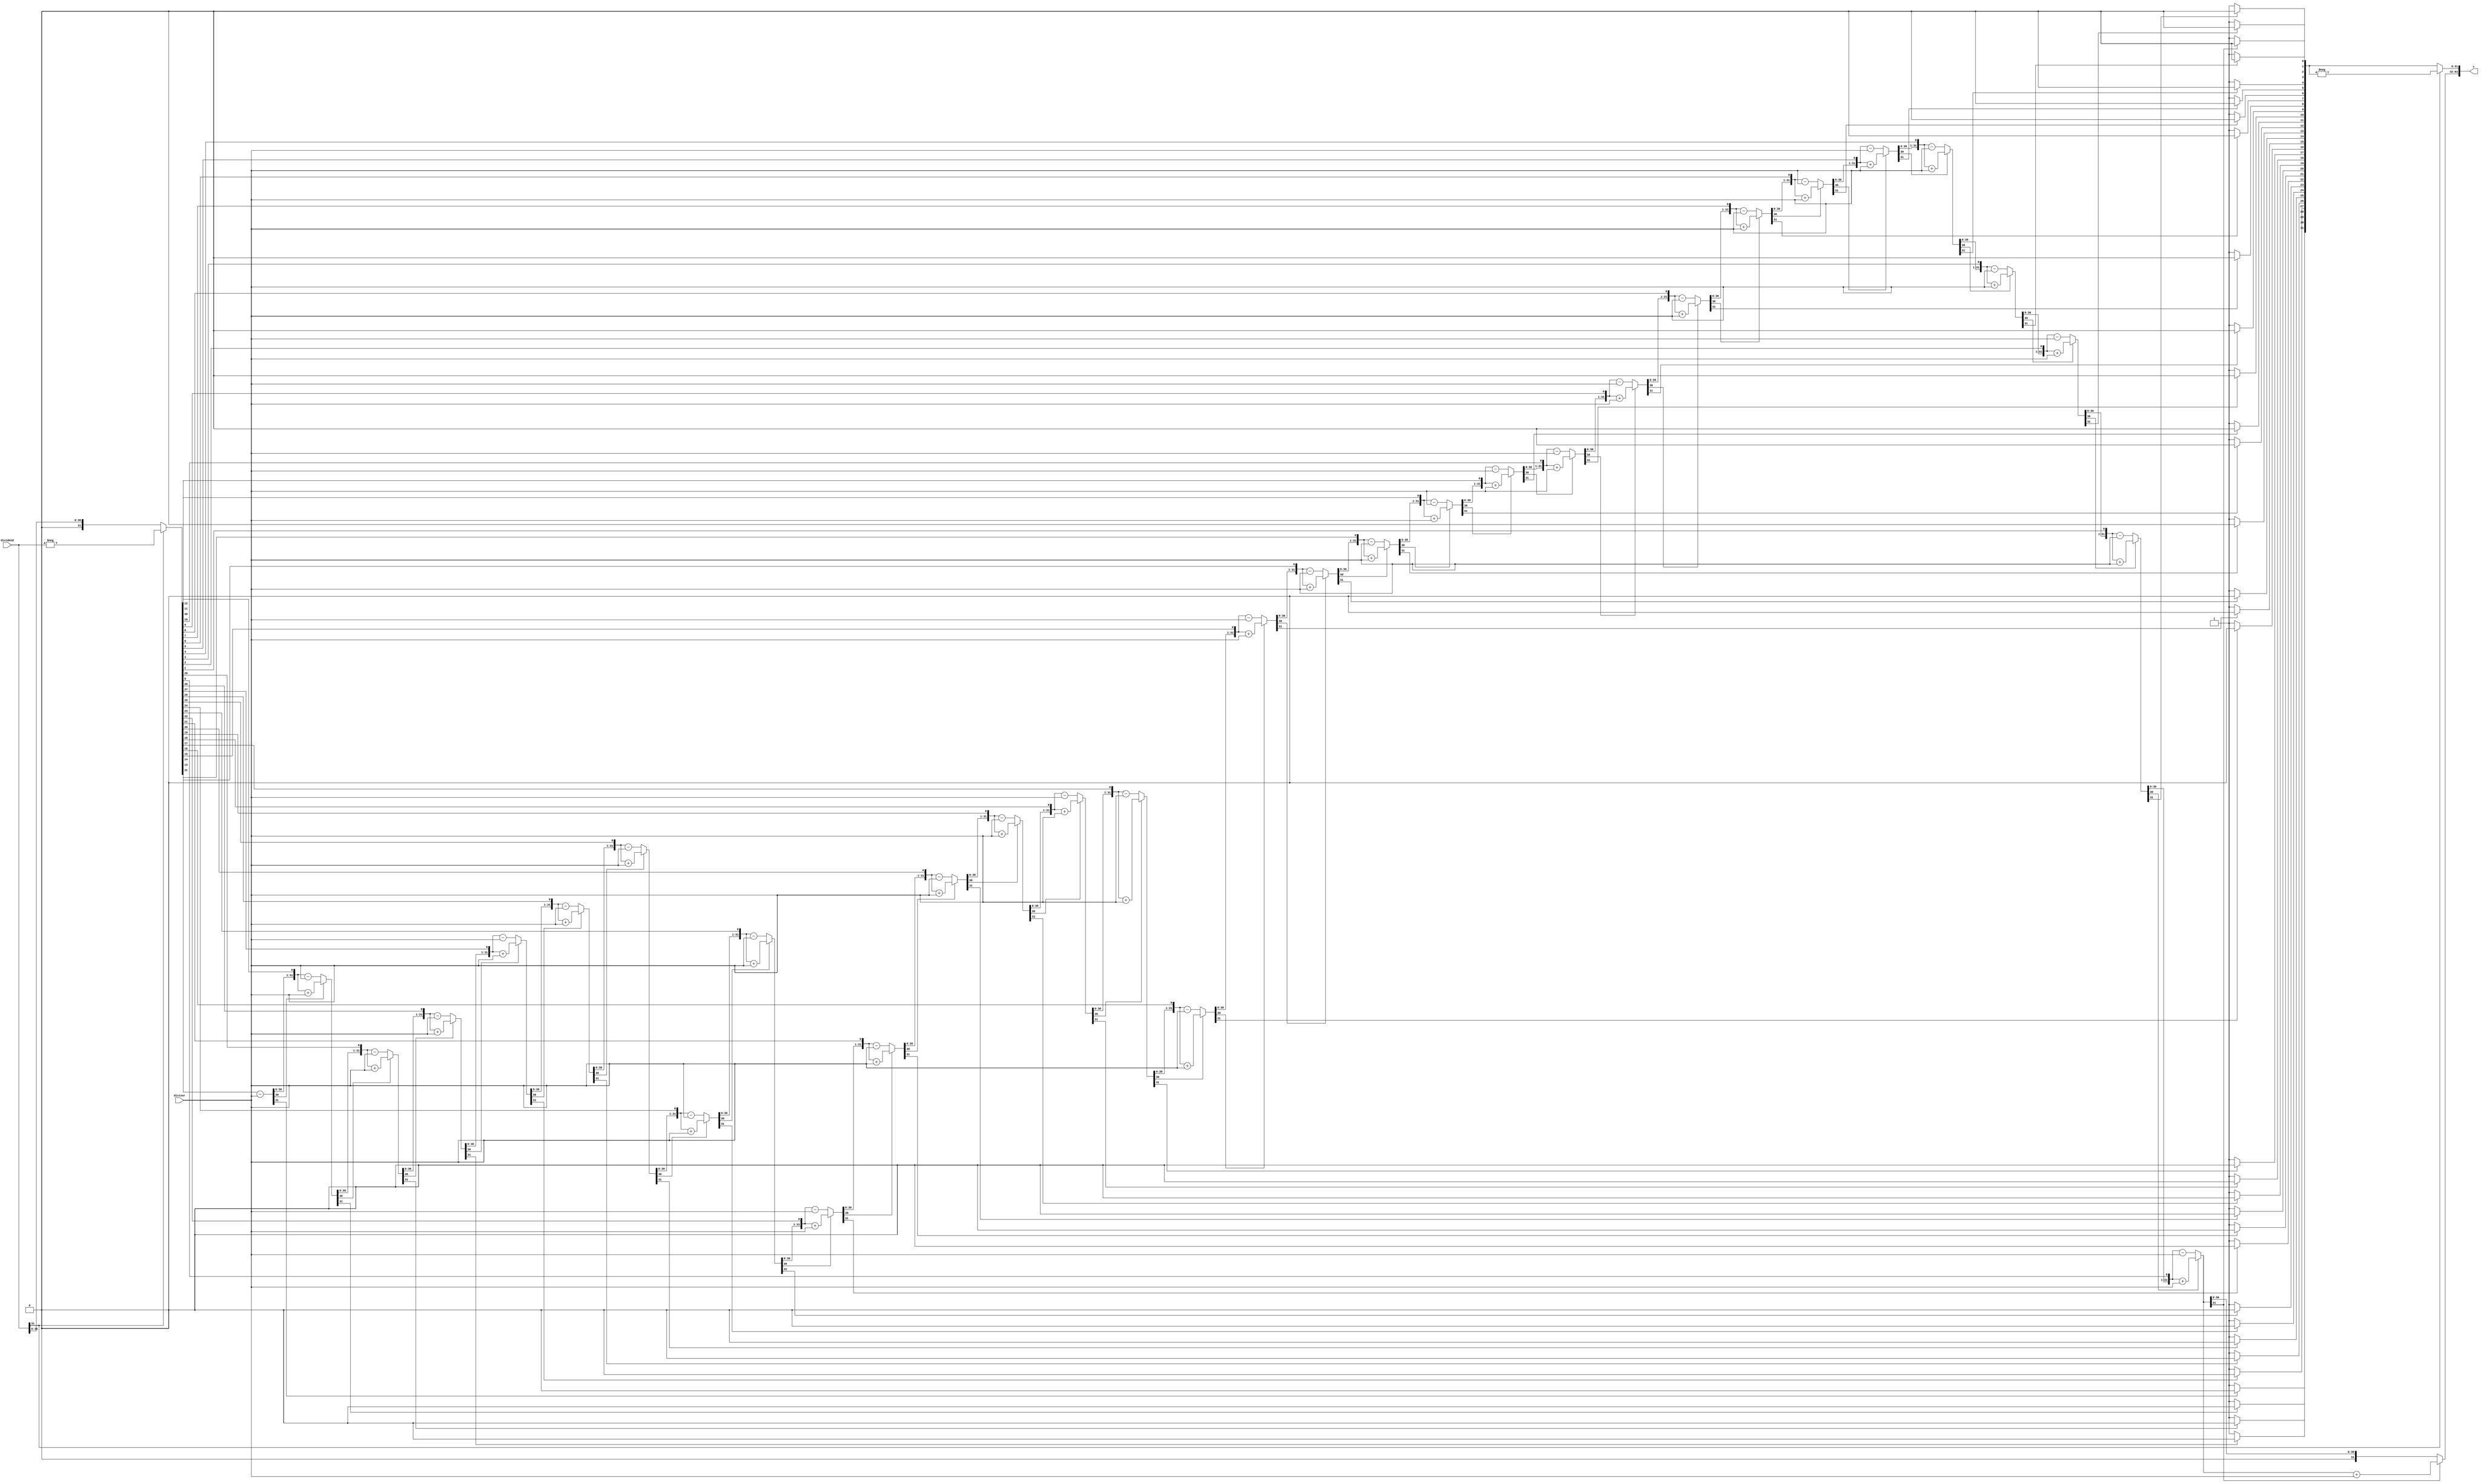
`timescale 1ns / 1ps
module division_32_bit(input [31:0] dividend, divisor, output reg [63:0] c);
	reg [31:0] m, q;
  reg [32:0] a;
  integer i;
	//In this algorithm, we first convert all negative inputs to positive to perform division 
  always @ (*) begin
    if(dividend[31] == 1) 
			q = -dividend;
		else 
			q = dividend;
		
    m = divisor;
    a = 0;

    for(i = 0; i < 32; i = i+1) begin
      a = {a[30:0], q[31]};
      q[31:1] = q[30:0];
			if(a[31] == 1) 
				a = a + m;
      else if(a[31] == 0) 
        a = a - m;
    
			if(a[31] == 1) 
				q[0] = 0;
      else 
        q[0] = 1;
    end

	  if(a[31] == 1)  //only restore at end
			a = a + m;
		
		if(dividend[31] == 1)  //if input is negative, negate the output
		  q = -q;
		
    c = {a,q};
  end 
endmodule